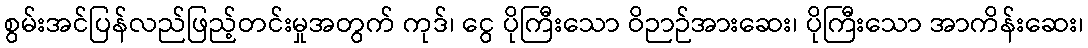
စွမ်းအင်ပြန်လည်ဖြည့်တင်းမှုအတွက် ကုဒ်၊ ငွေ ပိုကြီးသော ဝိဉာဉ်အားဆေး၊ ပိုကြီးသော အာကိန်းဆေး၊